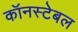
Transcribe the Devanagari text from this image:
कॉनस्टेबल